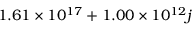
\phantom { - } 1 . 6 1 \times 1 0 ^ { 1 7 } + 1 . 0 0 \times 1 0 ^ { 1 2 } j